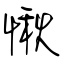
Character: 愀